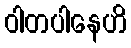
ဝါတပါနေဟိ